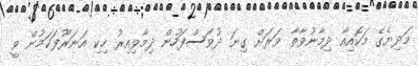
މަދިޔެގެ މަކޮއިއާ ދިމާނުވާތާ ވަރަށް ގިނަ ދުވަސްފަހުން ދިމާވިއިރު ހިކި އަނަރޫފަކަމުން ވީ